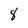
Character: 8